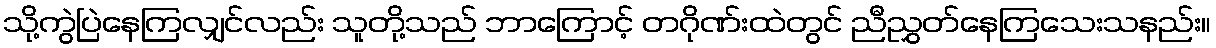
သို့ကွဲပြဲနေကြလျှင်လည်း သူတို့သည် ဘာကြောင့် တဂိုဏ်းထဲတွင် ညီညွှတ်နေကြသေးသနည်း။